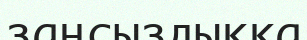
заңсыздыққа